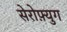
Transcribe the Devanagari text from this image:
सेरोफ़्युग